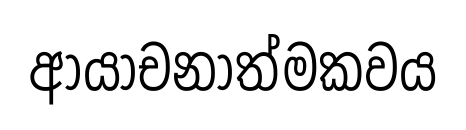
ආයාචනාත්මකවය